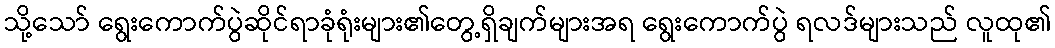
သို့သော် ရွေးကောက်ပွဲဆိုင်ရာခုံရုံးများ၏တွေ့ရှိချက်များအရ ရွေးကောက်ပွဲ ရလဒ်များသည် လူထု၏